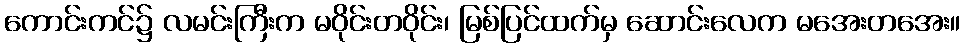
ကောင်းကင်၌ လမင်းကြီးက မဝိုင်းတဝိုင်း၊ မြစ်ပြင်ထက်မှ ဆောင်းလေက မအေးတအေး။